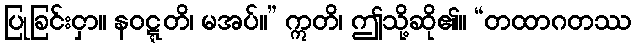
ပြုခြင်းငှာ။ နဝဋ္ဋတိ၊ မအပ်။” ဣတိ၊ ဤသို့ဆို၏။ “တထာဂတဿ